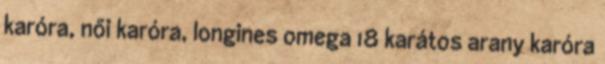
karóra, női karóra, longines omega 18 karátos arany karóra